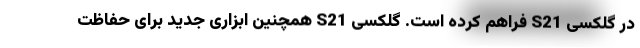
در گلکسی S21 فراهم کرده است. گلکسی S21 همچنین ابزاری جدید برای حفاظت